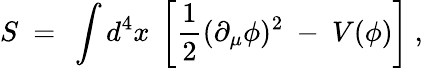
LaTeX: S~=~\int d^{4}x~\left[\frac 12(\partial_{\mu}\phi)^{2}~-~V(\phi)\right]~,